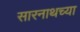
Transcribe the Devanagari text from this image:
सारनाथच्या